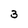
Character: 3